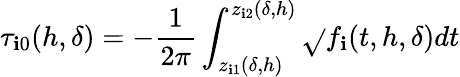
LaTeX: \tau_{\mathbf{i}0}(h,\delta)=-\frac{{1}}{{2\pi}}\int_{z_{\mathbf{i}1}(\delta,h)}^{z_{\mathbf{i}2}(\delta,h)}\sqrt{}{{f_{\mathbf{i}}(t,h,\delta)}}dt